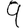
Digit: 9